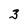
Character: 3